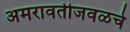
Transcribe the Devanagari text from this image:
अमरावतीजवळचे